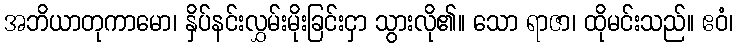
အဘိယာတုကာမော၊ နှိပ်နင်းလွှမ်းမိုးခြင်းငှာ သွားလို၏။ သော ရာဇာ၊ ထိုမင်းသည်။ ဧဝံ၊